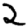
Digit: 2